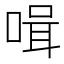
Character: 𠶻